Vaccination United Provinces of Agra and Oudh 1902-1913 - 1902-1913
Year: 1902
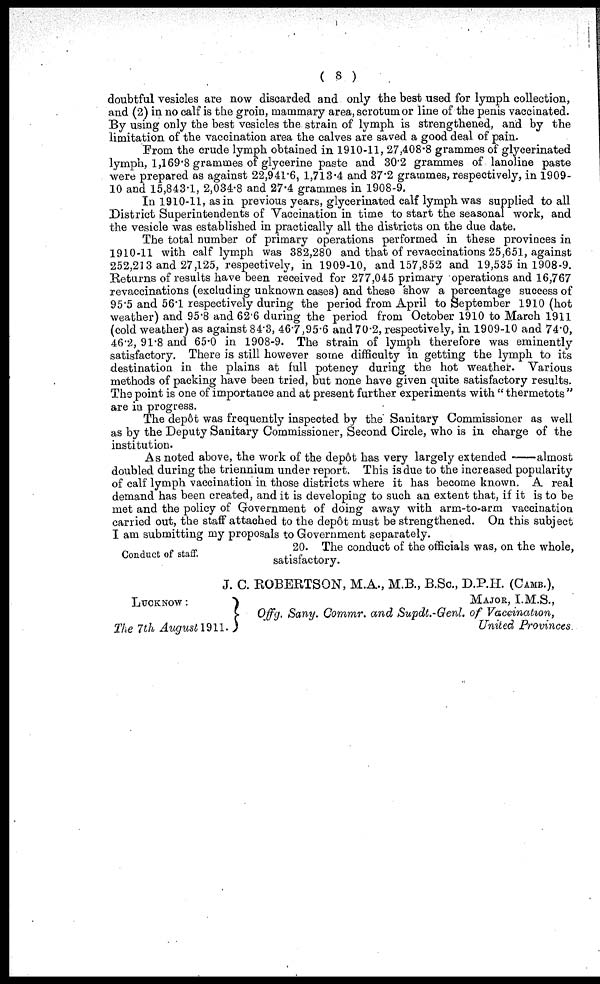
( 8 )
doubtful vesicles are now discarded and only the best used for lymph collection,
and (2) in no calf is the groin, mammary area, scrotum or line of the penis vaccinated.
By using only the best vesicles the strain of lymph is strengthened, and by the
limitation of the vaccination area the calves are saved a good deal of pain.
From the crude lymph obtained in 1910-11, 27,408.8 grammes of glycerinated
lymph, 1,169.8 grammes of glycerine paste and 30.2 grammes of lanoline paste
were prepared as against 22,941.6, 1,713.4 and 37.2 grammes, respectively, in 1909-
10 and 15,843.1, 2,034.8 and 27.4 grammes in 1908-9.
In 1910-11, as in previous years, glycerinated calf lymph was supplied to all
District Superintendents of Vaccination in time to start the seasonal work, and
the vesicle was established in practically all the districts on the due date.
The total number of primary operations performed in these provinces in
1910-11 with calf lymph was 382,280 and that of revaccinations 25,651, against
252,213 and 27,125, respectively, in 1909-10, and 157,852 and 19,535 in 1908-9.
Returns of results have been received for 277,045 primary operations and 16,767
revaccinations (excluding unknown cases) and these show a percentage success of
95.5 and 56.1 respectively during the period from April to September 1910 (hot
weather) and 95.8 and 62.6 during the period from October 1910 to March 1911
(cold weather) as against 84.3, 46.7,95.6 and 70.2, respectively, in 1909-10 and 74.0,
46.2, 91.8 and 65.0 in 1908-9. The strain of lymph therefore was eminently
satisfactory. There is still however some difficulty in getting the lymph to its
destination in the plains at full potency during the hot weather. Various
methods of packing have been tried, but none have given quite satisfactory results.
The point is one of importance and at present further experiments with " thermetots "
are in progress.
The depôt was frequently inspected by the Sanitary Commissioner as well
as by the Deputy Sanitary Commissioner, Second Circle, who is in charge of the
institution.
As noted above, the work of the depôt has very largely extended—almost
doubled during the triennium under report. This is due to the increased popularity
of calf lymph vaccination in those districts where it has become known. A real
demand has been created, and it is developing to such an extent that, if it is to be
met and the policy of Government of doing away with arm-to-arm vaccination
carried out, the staff attached to the depôt must be strengthened. On this subject
I am submitting my proposals to Government separately.
Conduct of staff.
20. The conduct of the officials was, on the whole,
satisfactory.
J. C. ROBERTSON, M.A., M.B., B.Sc., D.P.H. (CAMB.),
LUCKNOW :
The 7 th August 1911.
MAJOR, I.M.S.,
Offg. Sany. Commr. and Supdt.-Genl. of Vaccination,
United Provinces